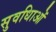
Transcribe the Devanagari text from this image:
सुवधिाओं